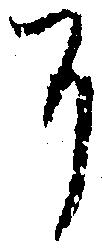
に